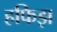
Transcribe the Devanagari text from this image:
हफिझ